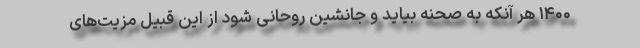
۱۴۰۰ هر آنکه به صحنه بیاید و جانشین روحانی شود از این قبیل مزیت‌های